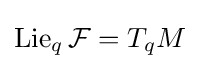
\mathrm {Lie} _{q}\,{\mathcal {F}}=T_{q}M